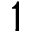
1